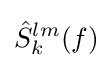
{\hat {S}}_{k}^{lm}(f)